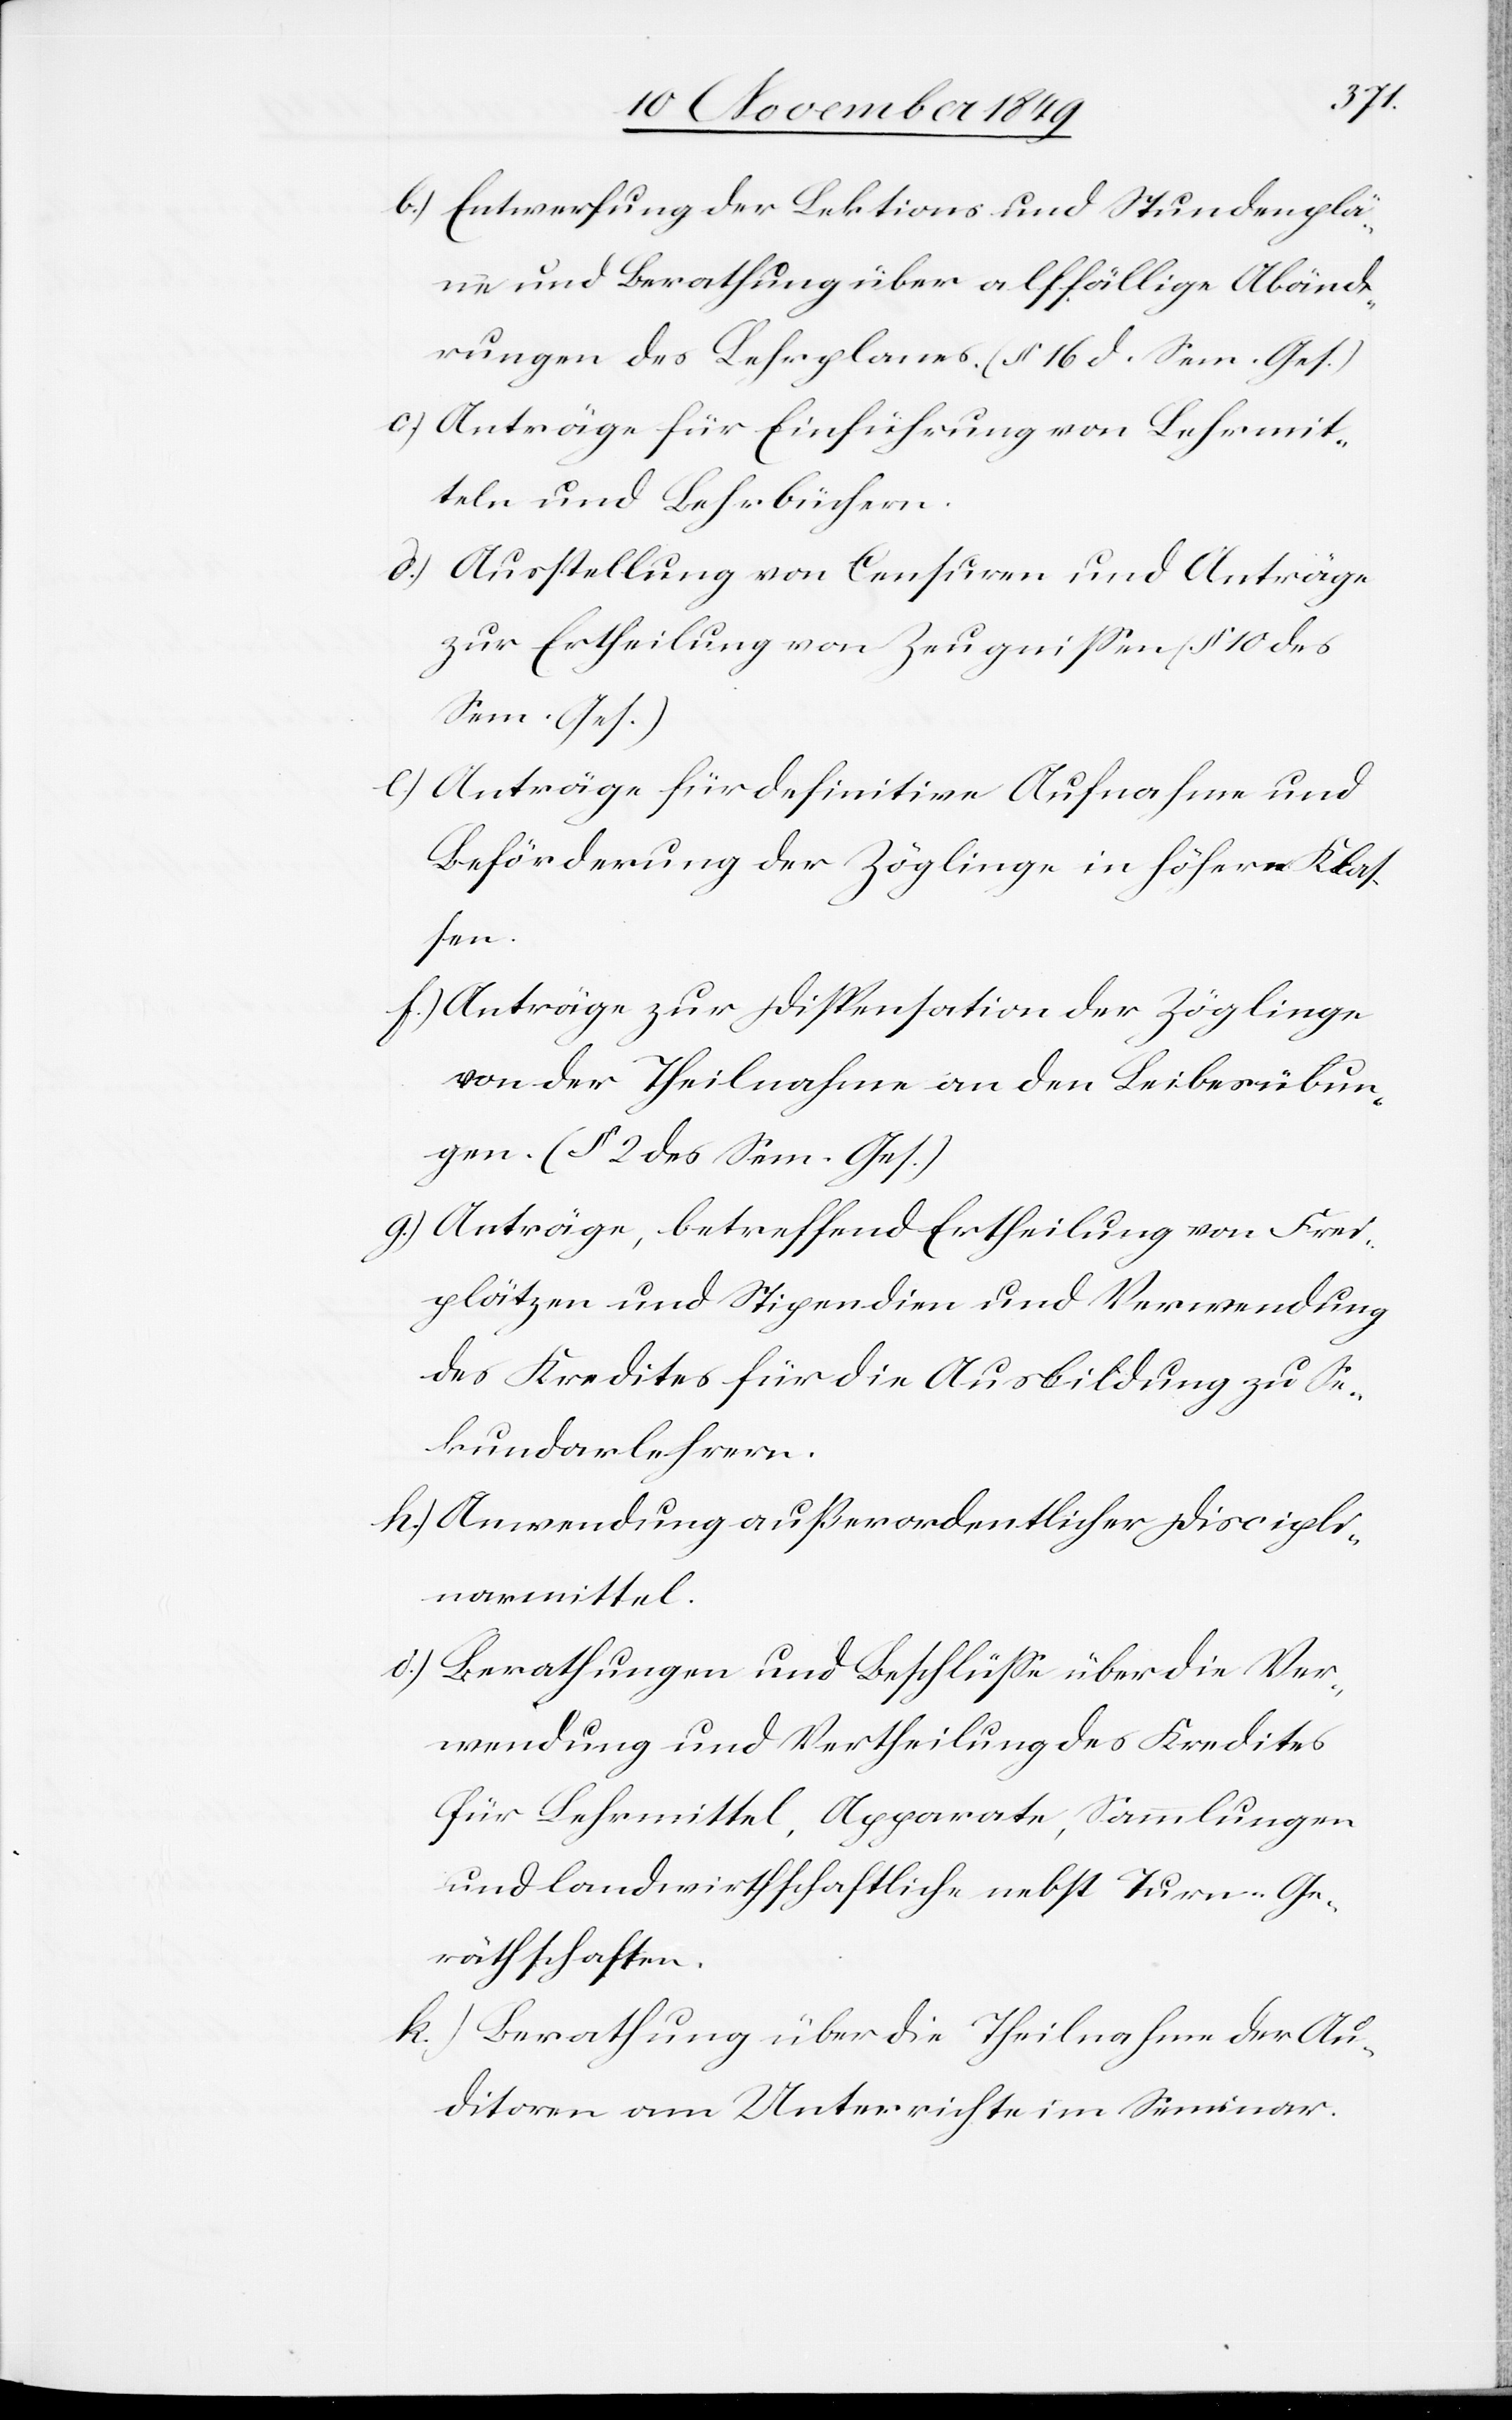
b.) Entwerfung der Lektions und Stundenplä¬
ne und Berathung über allfällige Abände¬
rungen des Lehrplanes. (§ 16 d. Sem. Ges.)
c.) Anträge für Einführung von Lehrmit¬
teln und Lehrbüchern.
d.) Ausstellung von Censuren und Anträgen
zur Ertheilung von Zeugnißen (§ 10 des
Sem. Ges.)
e.) Anträge für definitive Aufnahme und
Beförderung der Zöglinge in höhere Klas¬
sen.
f.) Anträge zur Dispensation der Zöglinge
von der Theilnahme an den Betriebsübun¬
gen. (§ 2 des Sem. Ges.)
g) Anträge, betreffend Ertheilung von Frei¬
plätzen und Stipendien und Verwendung
des Kredites für die Ausbildung zu Se¬
kundarlehrern.
h.) Anwendung außerordentlicher Diszipli¬
narmittel.
i.) Berathung und Beschlüße über die Ver¬
wendung und Vertheilung des Kredites
für Lehrmittel, Apparate, Sammlungen
und landwirthschaftliche nebst Turm-Ge¬
räthschaften.
k.) Berathung über die Theilnahme der Au¬
ditoren am Unterrichte im Seminar.